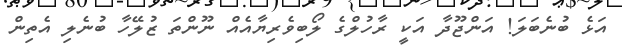
އަޅެ ބުނެބަލަ! އަންޖޫދާ އަކީ ރާހުލްގެ ލޯބިވެރިޔާއެއް ނޫންތަ ޒުލޭހާ ބުނެލި އެތިން